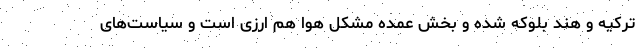
ترکیه و هند بلوکه شده و بخش عمده مشکل هوا هم ارزی است و سیاست‌های